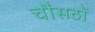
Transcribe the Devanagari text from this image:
चौसठों